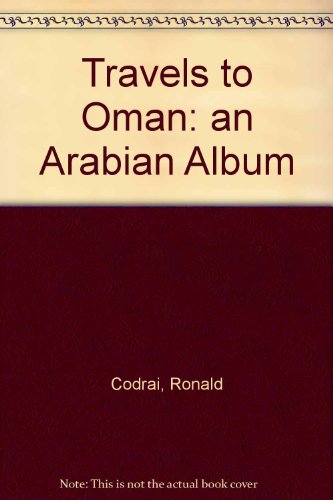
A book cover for Arabian Album: Travels to Oman; Ronald Codrai; History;